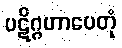
ပဋိဂ္ဂဟာပေတုံ